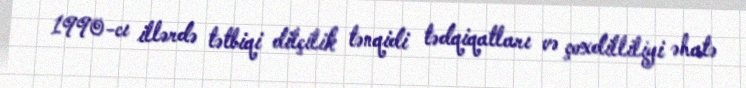
1990-cı illərdə tətbiqi dilçilik tənqidi tədqiqatları və çoxdilliliyi əhatə